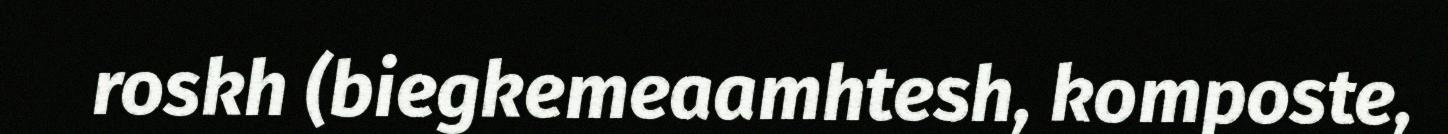
roskh (biegkemeaamhtesh, komposte,